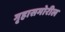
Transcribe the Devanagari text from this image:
गृहासमोरील